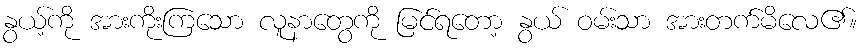
နွယ့်ကို အားကိုးကြသော လူနာတွေကို မြင်ရတော့ နွယ် ဝမ်းသာ အားတက်မိလေ၏။